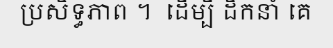
ប្រសិទ្ធភាព ។  ដើម្បី ដឹកនាំ គេ